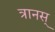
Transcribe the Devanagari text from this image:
त्रानस्